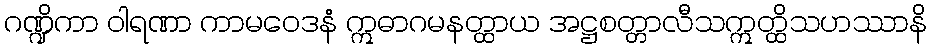
ဂဏ္ဍိကာ ဝါရဏာ ကာမဝေဒနံ ဣဓာဂမနတ္ထာယ အဋ္ဌစတ္တာလီသဣတ္ထိသဟဿာနိ